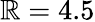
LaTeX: \mathbb{R}=4.5